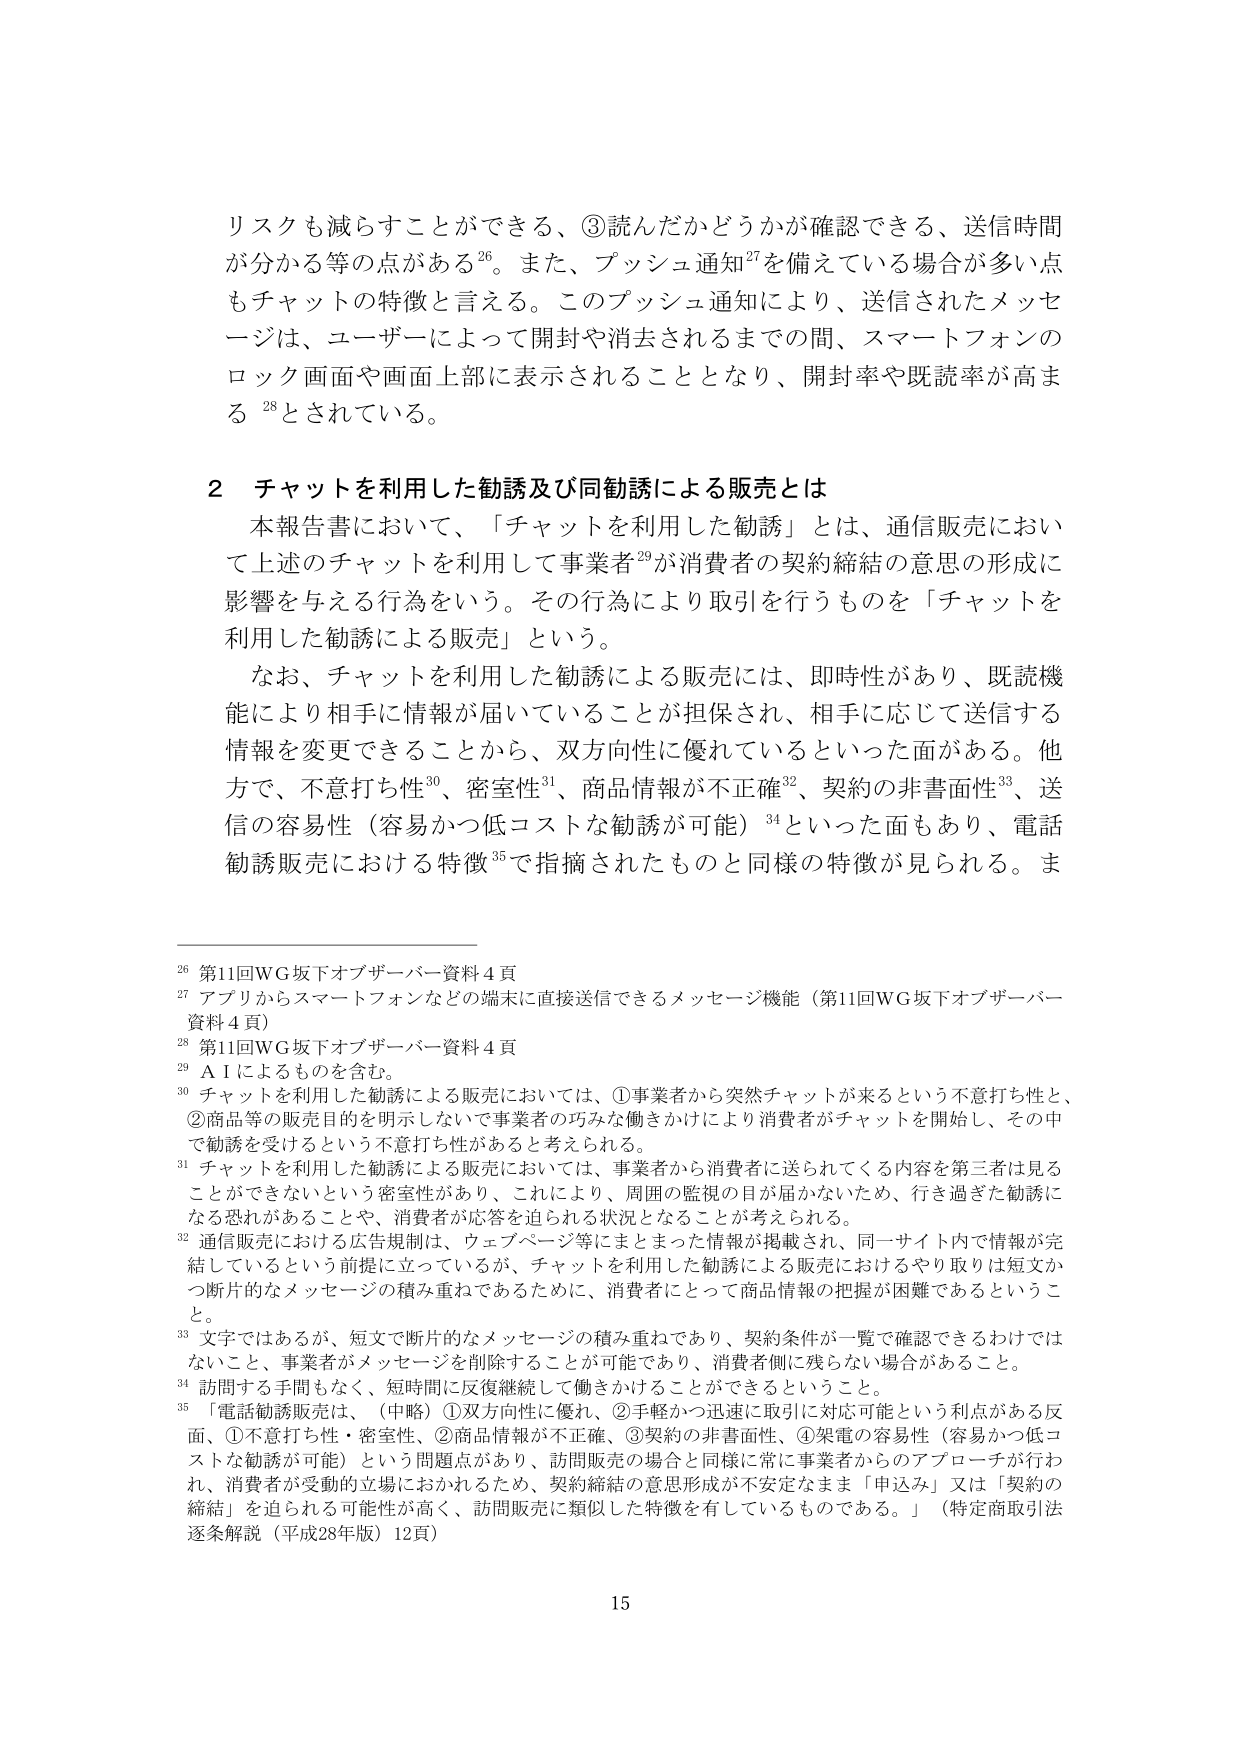
リスクも減らすことができる、③読んだかどうかが確認できる、送信時間が分かる等の点がある26。また、プッシュ通知27を備えている場合が多い点もチャットの特徴と言える。このプッシュ通知により、送信されたメッセージは、ユーザーによって開封や消去されるまでの間、スマートフォンのロック画面や画面上部に表示されることとなり、開封率や既読率が高まる28とされている。

2 チャットを利用した勧誘及び同勧誘による販売とは
本報告書において、「チャットを利用した勧誘」とは、通信販売において上述のチャットを利用して事業者29が消費者の契約締結の意思の形成に影響を与える行為をいう。その行為により取引を行うものを「チャットを利用した勧誘による販売」という。
なお、チャットを利用した勧誘による販売には、即時性があり、既読機能により相手に情報が届いていることが担保され、相手に応じて送信する情報を変更できることから、双方向性に優れているといった面がある。他方で、不意打ち性30、密室性31、商品情報が不正確32、契約の非書面性33、送信の容易性（容易かつ低コストな勧誘が可能）34といった面もあり、電話勧誘販売における特徴35で指摘されたものと同様の特徴が見られる。ま

26 第11回WG坂下オブザーバー資料4頁
27 アプリからスマートフォンなどの端末に直接送信できるメッセージ機能（第11回WG坂下オブザーバー資料4頁）
28 第11回WG坂下オブザーバー資料4頁
29 A Iによるものを含む。
30 チャットを利用した勧誘による販売においては、①事業者から突然チャットが来るという不意打ち性と、②商品等の販売目的を明示しないで事業者の巧みな働きかけにより消費者がチャットを開始し、その中で勧誘を受けるという不意打ち性があると考えられる。
31 チャットを利用した勧誘による販売においては、事業者から消費者に送られてくる内容を第三者は見ることができないという密室性があり、これにより、周囲の監視の目が届かないため、行き過ぎた勧誘になる恐れがあることや、消費者が応答を迫られる状況となることが考えられる。
32 通信販売における広告規制は、ウェブページ等にまとまった情報が掲載され、同一サイト内で情報が完結しているという前提に立っているが、チャットを利用した勧誘による販売におけるやり取りは短文かつ断片的なメッセージの積み重ねであるために、消費者にとって商品情報の把握が困難であるということ。
33 文字ではあるが、短文で断片的なメッセージの積み重ねであり、契約条件が一覧で確認できるわけではないこと、事業者がメッセージを削除することが可能であり、消費者側に残らない場合があること。
34 訪問する手間もなく、短時間に反復継続して働きかけることができるということ。
35 「電話勧誘販売は、（中略）①双方向性に優れ、②手軽かつ迅速に取引に対応可能という利点がある反面、①不意打ち性・密室性、②商品情報が不正確、③契約の非書面性、④架電の容易性（容易かつ低コストな勧誘が可能）という問題点があり、訪問販売の場合と同様に常に事業者からのアプローチが行われ、消費者が受動的立場におかれるため、契約締結の意思形成が不安定なまま「申込み」又は「契約の締結」を迫られる可能性が高く、訪問販売に類似した特徴を有しているものである。」（特定商取引法逐条解説（平成28年版）12頁）

15